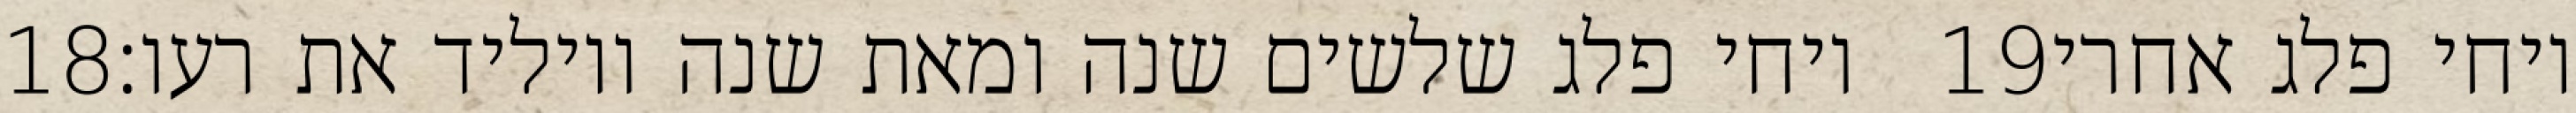
‎18‏ ויחי פלג שלשים שנה ומאת שנה ויוליד את רעו׃ ‎19‏ ויחי פלג אחרי